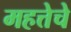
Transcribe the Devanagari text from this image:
महत्तेचे